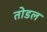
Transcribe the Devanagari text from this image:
तोडल